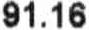
91.16